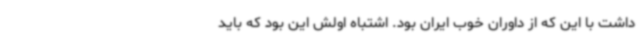
داشت با این که از داوران خوب ایران بود. اشتباه اولش این بود که باید